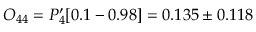
O _ { 4 4 } = P _ { 4 } ^ { \prime } [ 0 . 1 - 0 . 9 8 ] = 0 . 1 3 5 \pm 0 . 1 1 8